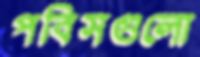
পবিসগুলো